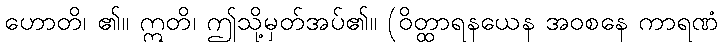
ဟောတိ၊ ၏။ ဣတိ၊ ဤသို့မှတ်အပ်၏။ (ဝိတ္ထာရနယေန အဝစနေ ကာရဏံ